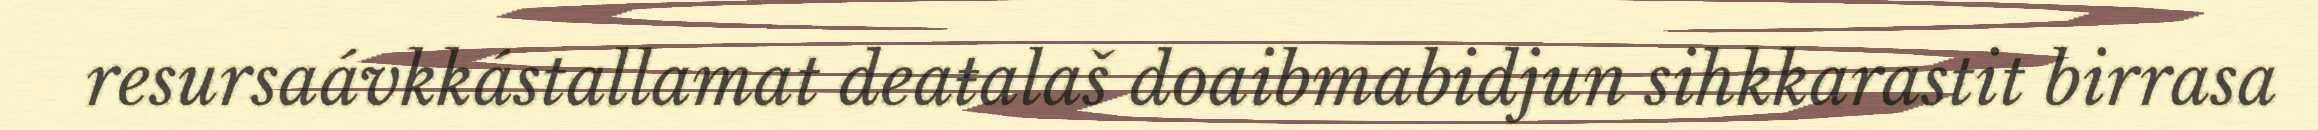
resursaávkkástallamat deaŧalaš doaibmabidjun sihkkarastit birrasa